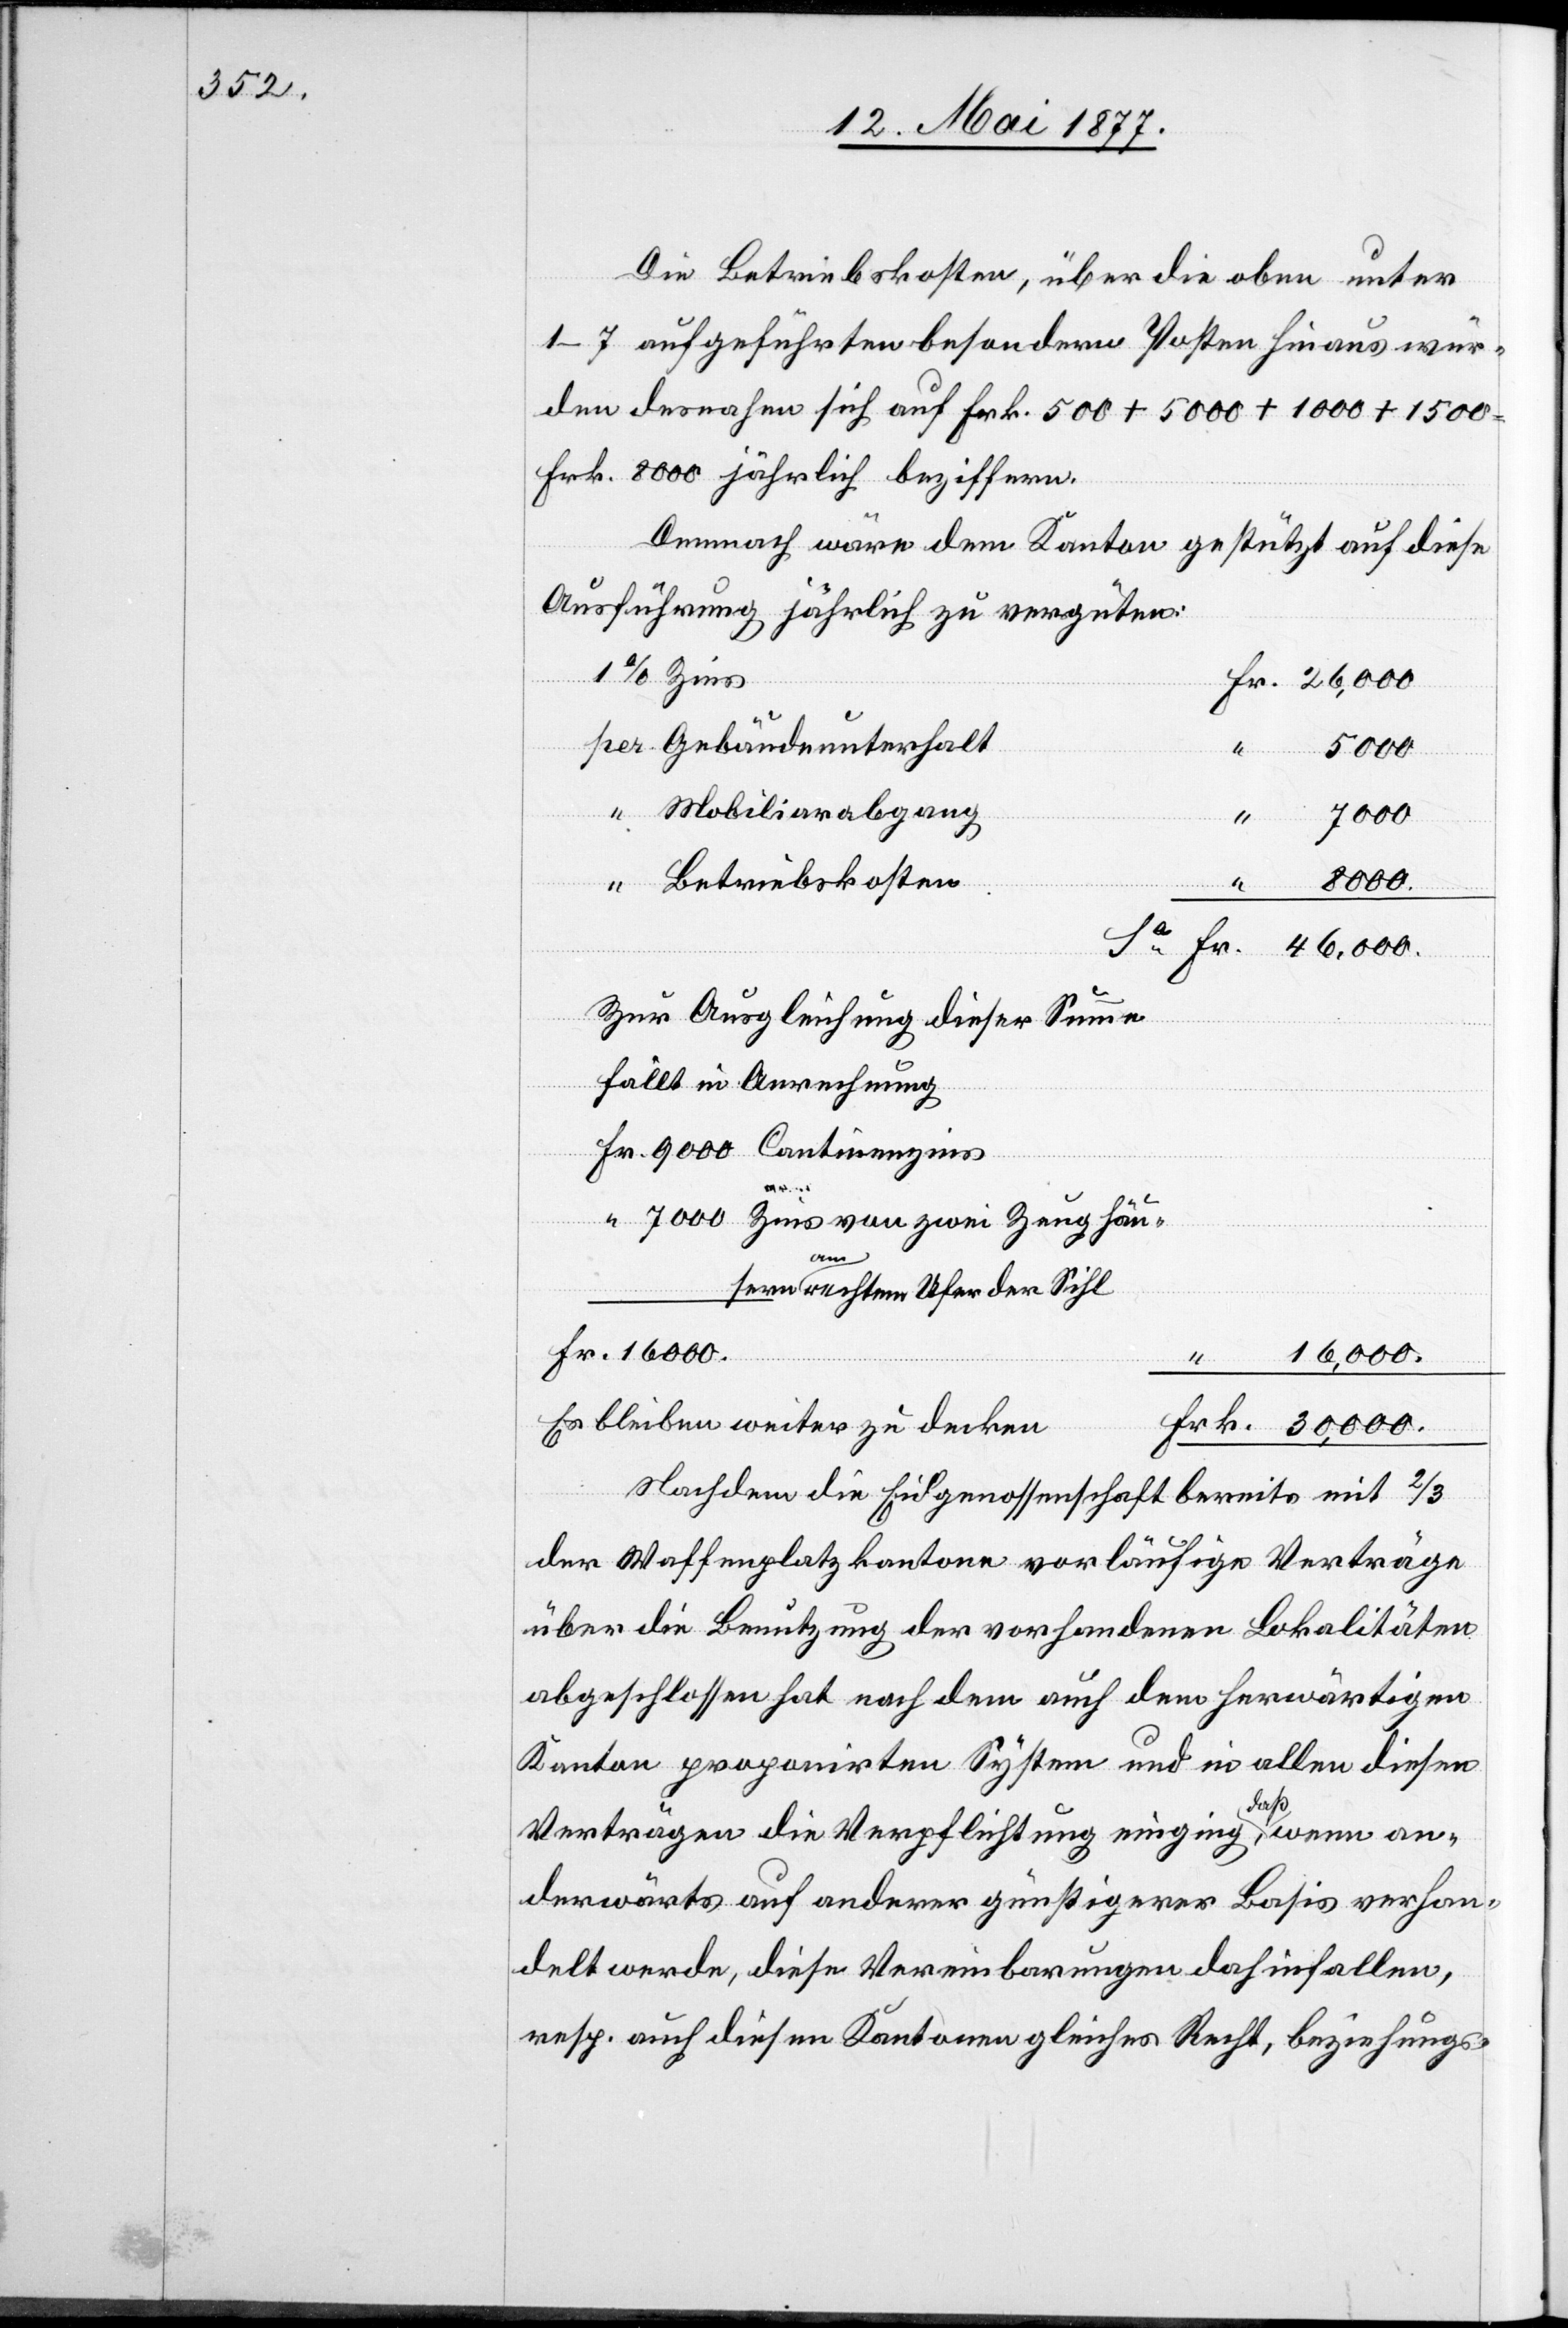
Die Betriebskosten, über die oben unter
1–7 aufgeführten besondern Posten hinaus wür¬
den desnahen sich auf Frk. 500 + 5000 + 1000 + 1500
Frk. 8000 jährlich beziffern.
Demnach wären dem Kanton gestützt auf diese
Ausführungen jährlich zu vergüten:
Gebäudeunterhalt
usern
zu
9000
Mobiliarabgang
30,000
8000
Betriebskosten
Frk.
46,000
decken
Zur Ausgleichung dieser Summe
fällt in Abrechnung
am rechten Ufer der Sihl
16,000
Nachdem die Eidgenossenschaft bereits mit 2/3
der Waffenplatzkantone vorläufige Verträge
über die Benutzung der vorhandenen Lokalitäten
abgeschlossen hat nach dem auch dem herwärtigen
Kanton proponirten System und in allen diesen
Verträgen die Verpflichtung einging, daß, wenn an¬
derwärts auf anderer günstiger Basis verhan¬
delt werde, diese Vereinbarungen dahinfallen,
resp. auch diesen Kantonen gleiches Recht, beziehungs-